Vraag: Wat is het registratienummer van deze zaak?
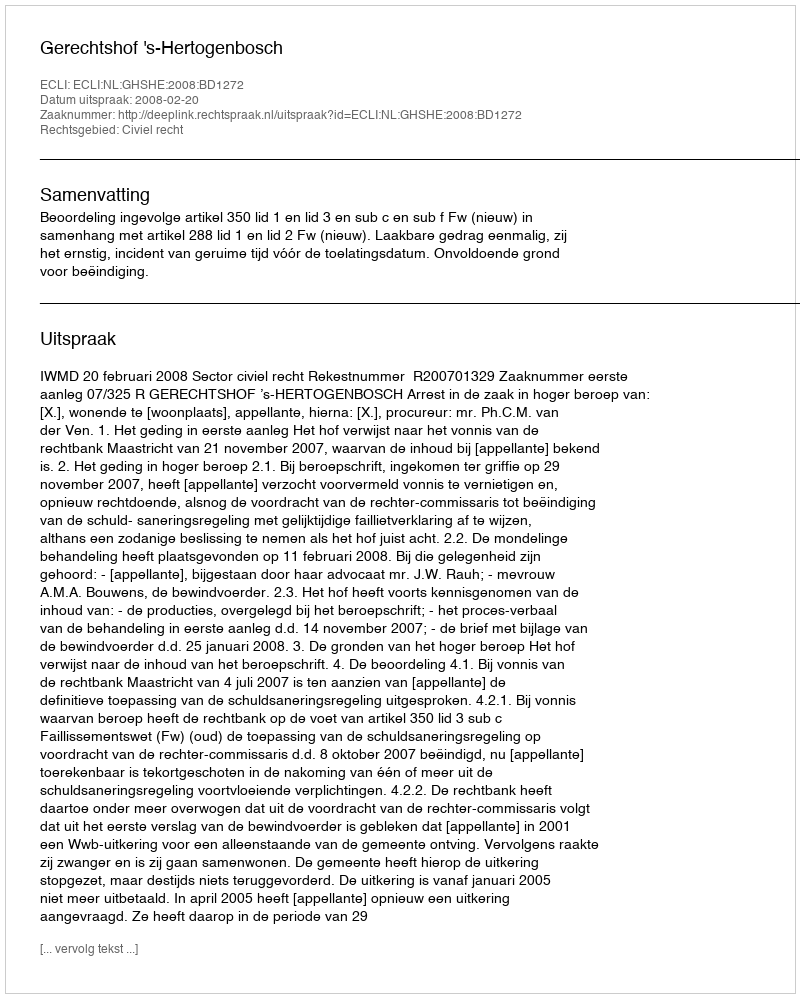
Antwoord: http://deeplink.rechtspraak.nl/uitspraak?id=ECLI:NL:GHSHE:2008:BD1272